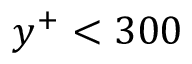
y ^ { + } < 3 0 0